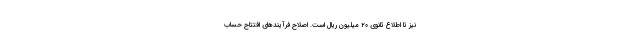
نیز تا اطلاع ثانوی ۲۰ میلیون ریال است. اصلاح فرآیندهای افتتاح حساب